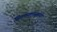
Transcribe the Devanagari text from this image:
शिवणक्लासमध्ये